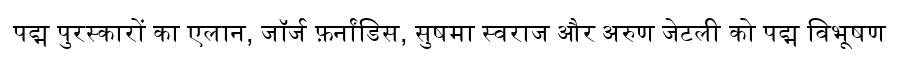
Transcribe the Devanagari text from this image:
पद्म पुरस्कारों का एलान, जॉर्ज फ़र्नांडिस, सुषमा स्वराज और अरुण जेटली को पद्म विभूषण